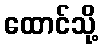
ထောင်သို့